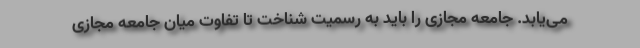
می‌یابد. جامعه مجازی را باید به رسمیت شناخت تا تفاوت میان جامعه مجازی